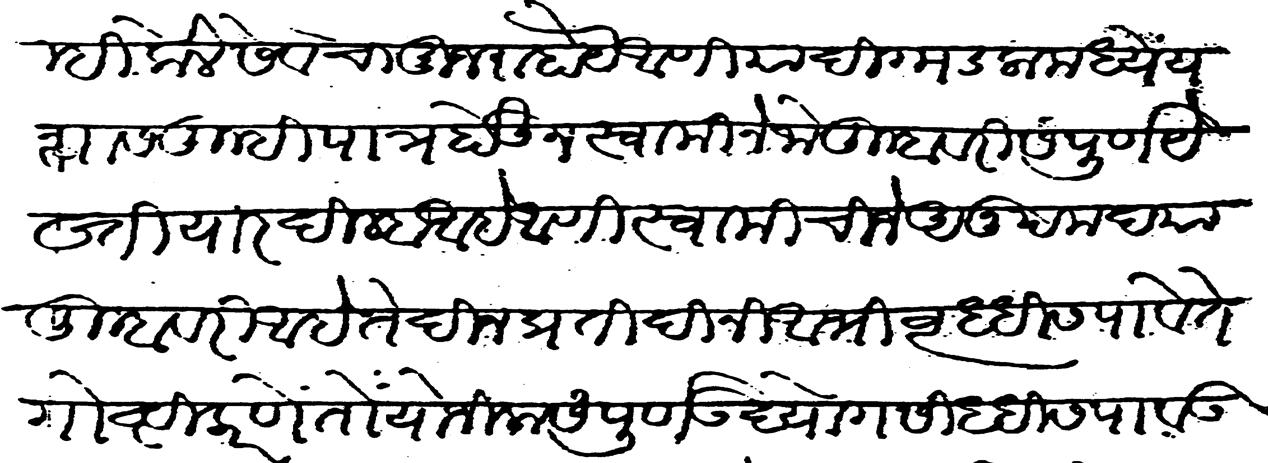
Transliteration (Devanagari): तुम्ही केले सेवेचा मुजरा होय आणि या दिग्मंडलामध्यें यशास तुम्ही पात्र होऊन स्वामींनी जो तुम्हावरी संपूर्ण येख्तियार दिल्हा आहे आणि स्वामींची जें अनुपम दया तुम्हावरी आहे ते दिनप्रति दिनीं अभिवृद्धीस पावे ते गोष्टी करणें तों योजिला संपूर्ण उद्योग सिद्धीस पावऊन